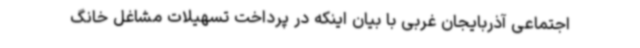
اجتماعی آذربایجان غربی با بیان اینکه در پرداخت تسهیلات مشاغل خانگ